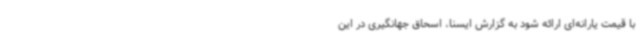
با قیمت یارانه‌ای ارائه شود به گزارش ایسنا، اسحاق جهانگیری در این